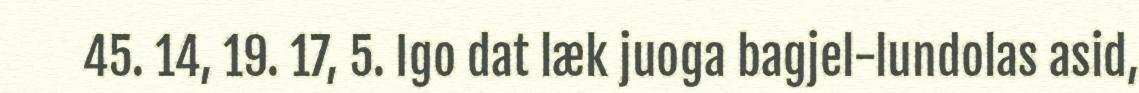
45. 14, 19. 17, 5. Igo dat læk juoga bagjel-lundolas asid,